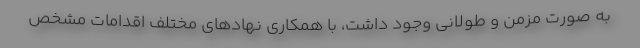
به صورت مزمن و طولانی وجود داشت، با همکاری نهادهای مختلف اقدامات مشخص